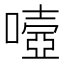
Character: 𡀄